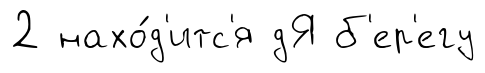
2 нахо́д'итс'я дЯ б'ер'егу